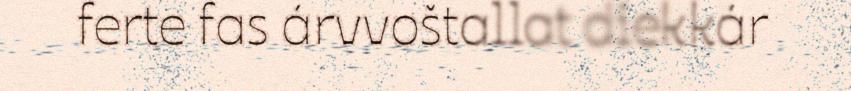
ferte fas árvvoštallat diekkár